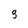
Character: 3